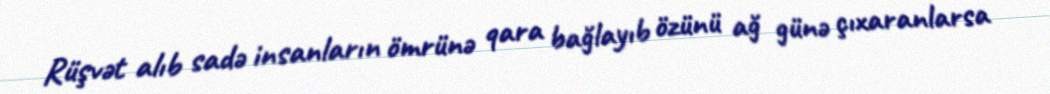
Rüşvət alıb sadə insanların ömrünə qara bağlayıb özünü ağ günə çıxaranlarsa